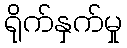
ရိုက်နှက်မှု